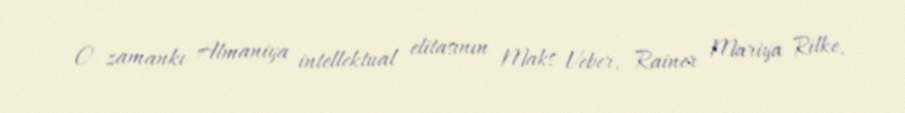
O zamankı Almaniya intellektual elitasının Maks Veber, Rainer Mariya Rilke,